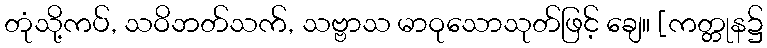
တုံသို့ကပ်, သဝိဘတ်သက်, သဗ္ဗာသ မာဝုသောသုတ်ဖြင့် ချေ။ [ကတ္တုန၌